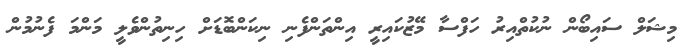
މިޝަލް ސައިބޯން ނުކުތްއިރު ހަފްސާ މޭޒުކައިރީ އިންތަންފެނި ނިކަންބޮޑަށް ހިނިތުންވެލީ މަންމަ ފެނުމުން